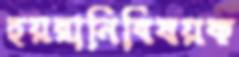
হয়রানিবিষয়ক